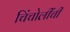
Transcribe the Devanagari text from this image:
चिंचोलींची